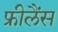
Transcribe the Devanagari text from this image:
फ्रीलैंस